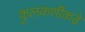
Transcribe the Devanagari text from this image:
कुलकर्णीकडे